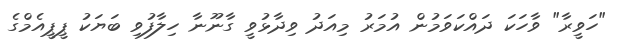
"ހަވީރާ" ވާހަކަ ދައްކަވަމުން އުމަރު މިއަދު ވިދާޅުވީ ގާނޫނާ ހިލާފުވި ބަޔަކު ޕީޕީއެމްގެ